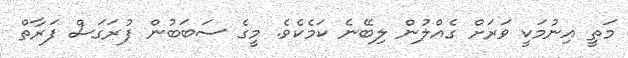
މަތީ އިނުމަކީ ވަރަށް ގެއްލުން ލިބޭނެ ކަމެކެވެ. މީގެ ސަބަބުން ފުރަގަސް ފަރާތް